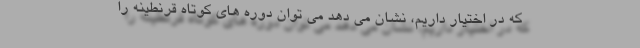
که در اختیار داریم، نشان می دهد می توان دوره های کوتاه قرنطینه را